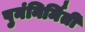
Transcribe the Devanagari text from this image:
पुनंनिर्मिती